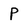
Character: P